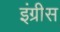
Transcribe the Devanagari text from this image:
इंग्रीस